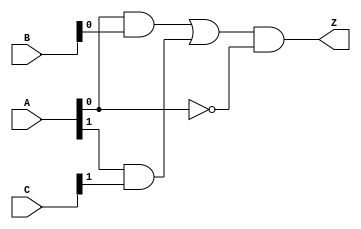
module CombinationalLogicBlock (
    input wire [3:0] A, // 4-bit input
    input wire [3:0] B, // 4-bit input
    input wire [3:0] C, // 4-bit input
    output wire Z       // Output
);

// Intermediate signals for multi-level logic
wire and1_out;
wire and2_out;
wire or1_out;
wire not_a0;

// Level 1: Intermediate logic gates
assign and1_out = A[0] & B[0];           // AND gate
assign and2_out = A[1] & C[1];           // AND gate
assign not_a0 = ~A[0];                    // NOT gate

// Level 2: Combining intermediate signals
assign or1_out = and1_out | and2_out;     // OR gate

// Level 3: Final output logic
assign Z = or1_out & not_a0;              // AND gate with NOT

endmodule